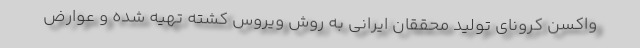
واکسن کرونای تولید محققان ایرانی به روش ویروس کشته تهیه شده و عوارض